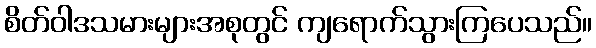
စိတ်ဝါဒသမားများအစုတွင် ကျရောက်သွားကြပေသည်။